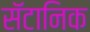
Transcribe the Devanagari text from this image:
सॅटानिक